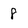
Character: 8